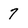
Character: 7